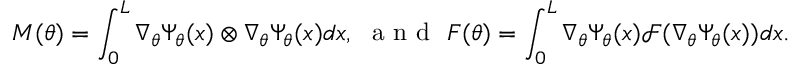
M ( \theta ) = \int _ { 0 } ^ { L } \nabla _ { \theta } \Psi _ { \theta } ( x ) \otimes \nabla _ { \theta } \Psi _ { \theta } ( x ) d x , \, \, \mathrm { ~ a ~ n ~ d ~ } \, \, F ( \theta ) = \int _ { 0 } ^ { L } \nabla _ { \theta } \Psi _ { \theta } ( x ) \mathcal { F } ( \nabla _ { \theta } \Psi _ { \theta } ( x ) ) d x .